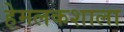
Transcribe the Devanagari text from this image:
हेमलकशाला